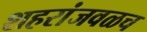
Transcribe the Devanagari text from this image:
शहरांजवळच